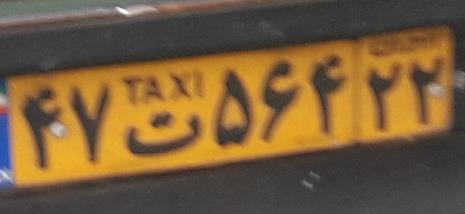
۴۷ت۵۶۴۲۲